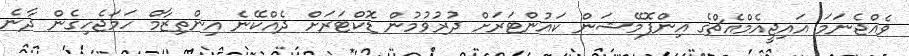
ވެއްޖެނަމަ އައިޖީއެމްއެޗްގެ އިންފޮމޭޝަން ކައުންޓަރަށް ދުރުވުމުން ޑޮކްޓަރަށް ދެއްކޭނެ އިންތިޒާމް ހަމަޖެހިގެން ދާނެ